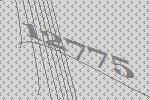
12775